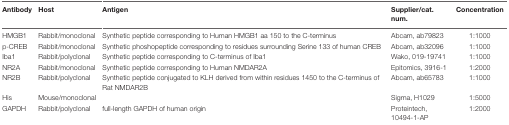
| Antibody | Host | Antigen | Supplier/cat. num. | Concentration |
 | --- | --- | --- | --- | --- |
 | HMGB1 | Rabbit/monoclonal | Synthetic peptide corresponding to Human HMGB1 aa 150 to the C-terminus | Abcam, ab79823 | 1:1000 |
 | p-CREB | Rabbit/monoclonal | Synthetic phoshopeptide corresponding to residues surrounding Serine 133 of human CREB | Abcam, ab32096 | 1:1000 |
 | Iba1 | Rabbit/polyclonal | Synthetic peptide corresponding to C-terminus of Iba1 | Wako, 019-19741 | 1:1000 |
 | NR2A | Rabbit/monoclonal | Synthetic peptide corresponding to Human NMDAR2A | Epitomics, 3916-1 | 1:2000 |
 | NR2B | Rabbit/polyclonal | Synthetic peptide conjugated to KLH derived from within residues 1450 to the C-terminus of Rat NMDAR2B | Abcam, ab65783 | 1:1000 |
 | His | Mouse/monoclonal |  | Sigma, H1029 | 1:5000 |
 | GAPDH | Rabbit/polyclonal | full-length GAPDH of human origin | Proteintech, 10494-1-AP | 1:2000 |